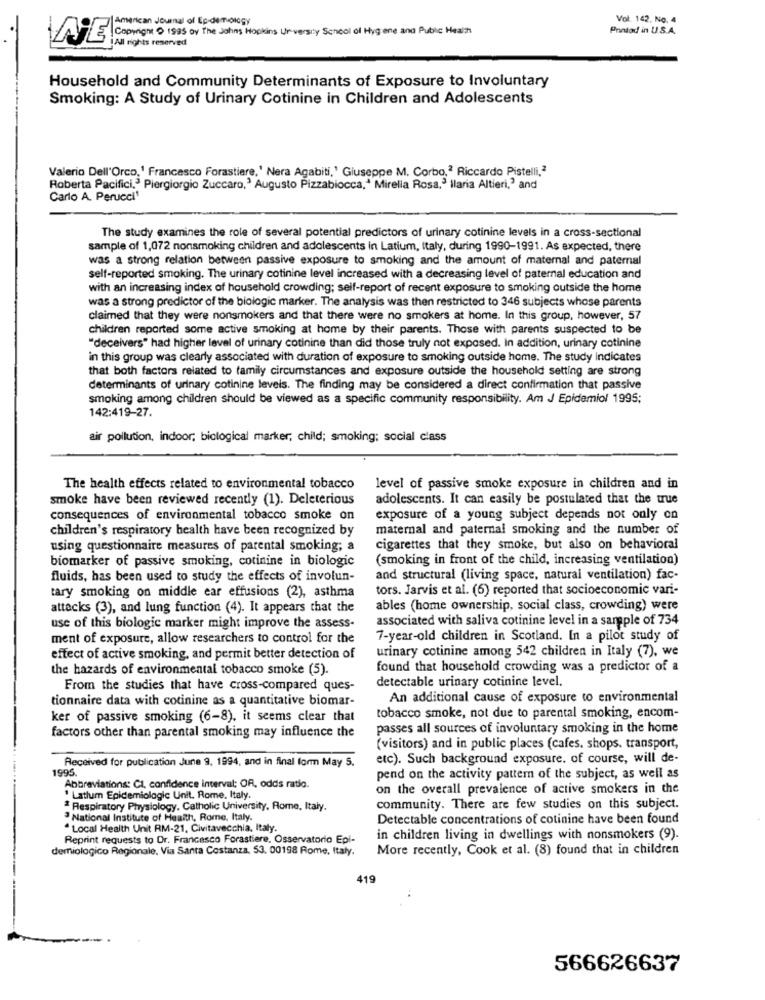
American Journal of Epidemiology
Vol. 142. No. 4
Pontod in U.S.A.
E Corrige 9 195 of The Johns Hopkins University School of Hygiene and Public Health
iAll rights reserved
Household and Community Determinants of Exposure to Involuntary
Smoking: A Study of Urinary Cotinine in Children and Adolescents
Valerio Dell'Orco,' Francesco Forastiere,' Nera Agabiti,' Giuseppe M. Corbo,2 Riccardo Pistelli,2
Roberta Pacifici.3 Piergiorgio Zuccaro,' Augusto Pizzabiocca," Mirella Rosa,3 ilaria Altieri,3 and
Carlo A. Perucci'
The study examines the role of several potential predictors of urinary cotinine levels in a cross-sectional
sample of 1,072 nonsmoking children and adolescents in Latium, Italy, during 1990-1991. As expected, there
was a strong relation between passive exposure to smoking and the amount of maternal and paternal
self-reported smoking. The urinary cotinine level increased with a decreasing level of paternal education and
with an increasing index of household crowding; seif-report of recent exposure to smoking outside the home
was a strong predictor of the biologic marker. The analysis was then restricted to 346 subjects whose parents
claimed that they were nonsmokers and that there were no smokers at home. In this group, however, 57
children reported some active smoking at home by their parents. Those with parents suspected to be
"deceivers" had higher level of urinary cotinine than did those truly not exposed. In addition, urinary cotinine
in this group was clearly associated with duration of exposure to smoking outside home. The study indicates
that both factors related to family circumstances and exposure outside the household setting are strong
determinants of urinary cotinine levels. The finding may be considered a direct confirmation that passive
smoking among children should be viewed as a specific community responsibility. Am J Epidemiol 1995;
142:419-27.
air pollution, indoor; biological marker, child; smoking; social class
The health effects related to environmental tobacco
level of passive smoke exposure in children and in
smoke have been reviewed recently (1). Deleterious
adolescents. It can easily be postulated that the true
consequences of environmental tobacco smoke on
exposure of a young subject depends not only on
children's respiratory health have been recognized by
maternal and paternal smoking and the number of
using questionnaire measures of parental smoking; a
cigarettes that they smoke, but also on behavioral
biomarker of passive smoking, cotinine in biologic
(smoking in front of the child, increasing ventilation)
fluids, has been used to study the effects of involun-
and structural (living space, natural ventilation) fac-
tors. Jarvis et al. (6) reported that socioeconomic vari-
tary smoking on middle ear effusions (2), asthma
attacks (3), and lung function (4). It appears that the
ables (home ownership, social class, crowding) were
associated with saliva cotinine level in a sample of 734
use of this biologic marker might improve the assess-
ment of exposure, allow researchers to control for the
7-year-old children in Scotland. In a pilot study of
effect of active smoking, and permit better detection of
urinary cotinine among 542 children in Italy (7), we
the hazards of environmental tobacco smoke (5).
found that household crowding was a predictor of a
detectable urinary cotinine level.
From the studies that have cross-compared ques-
tionnaire data with cotinine as a quantitative biomar-
An additional cause of exposure to environmental
ker of passive smoking (6-8), it seems clear that
tobacco smoke, not due to parental smoking, encom-
passes all sources of involuntary smoking in the home
factors other than parental smoking may influence the
(visitors) and in public places (cafes. shops. transport,
Received for publication June 9, 1994, and in final form May 5.
etc). Such background exposure. of course, will de-
1995.
pend on the activity pattern of the subject, as well as
Abbreviations: Cl, confidence interval; OR, odds ratio.
on the overall prevalence of active smokers in the
. Latlum Epidemiologic Unit. Rome, Italy.
2 Respiratory Physiology. Catholic University, Rome, Italy.
community. There are few studies on this subject.
National Institute of Health, Rome, Italy.
Detectable concentrations of cotinine have been found
Local Health Unit RM-21, Civitavecchia, Italy.
Reprint requests to Dr. Francesco Forastiere, Osservatorio Epi-
in children living in dwellings with nonsmokers (9).
demiologico Regionale, Via Santa Costanza. 53. 00198 Rome, Italy.
More recently, Cook et al. (8) found that in children
419
566626637